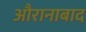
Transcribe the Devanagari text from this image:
औरानाबाद